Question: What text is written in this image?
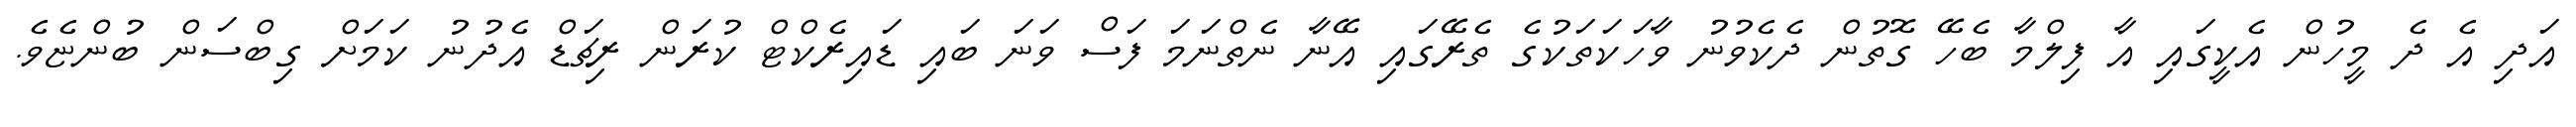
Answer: އަދި އެ ދެ މީހުން އެކީގައި އާ ފިލްމާ ބެހޭ ގޮތުން ދެކެވުނު ވާހަކަތަކުގެ ތެރޭގައި އޭނާ ނެތްނަމަ ފަސް ވަނަ ބައި ޑައިރެކްޓް ކުރަން ރިޗަޑް އެދުނު ކަމަށް ގިބްސަން ބުންޏެވެ.